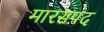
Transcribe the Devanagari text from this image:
मारसपंद